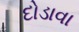
દોડાવા